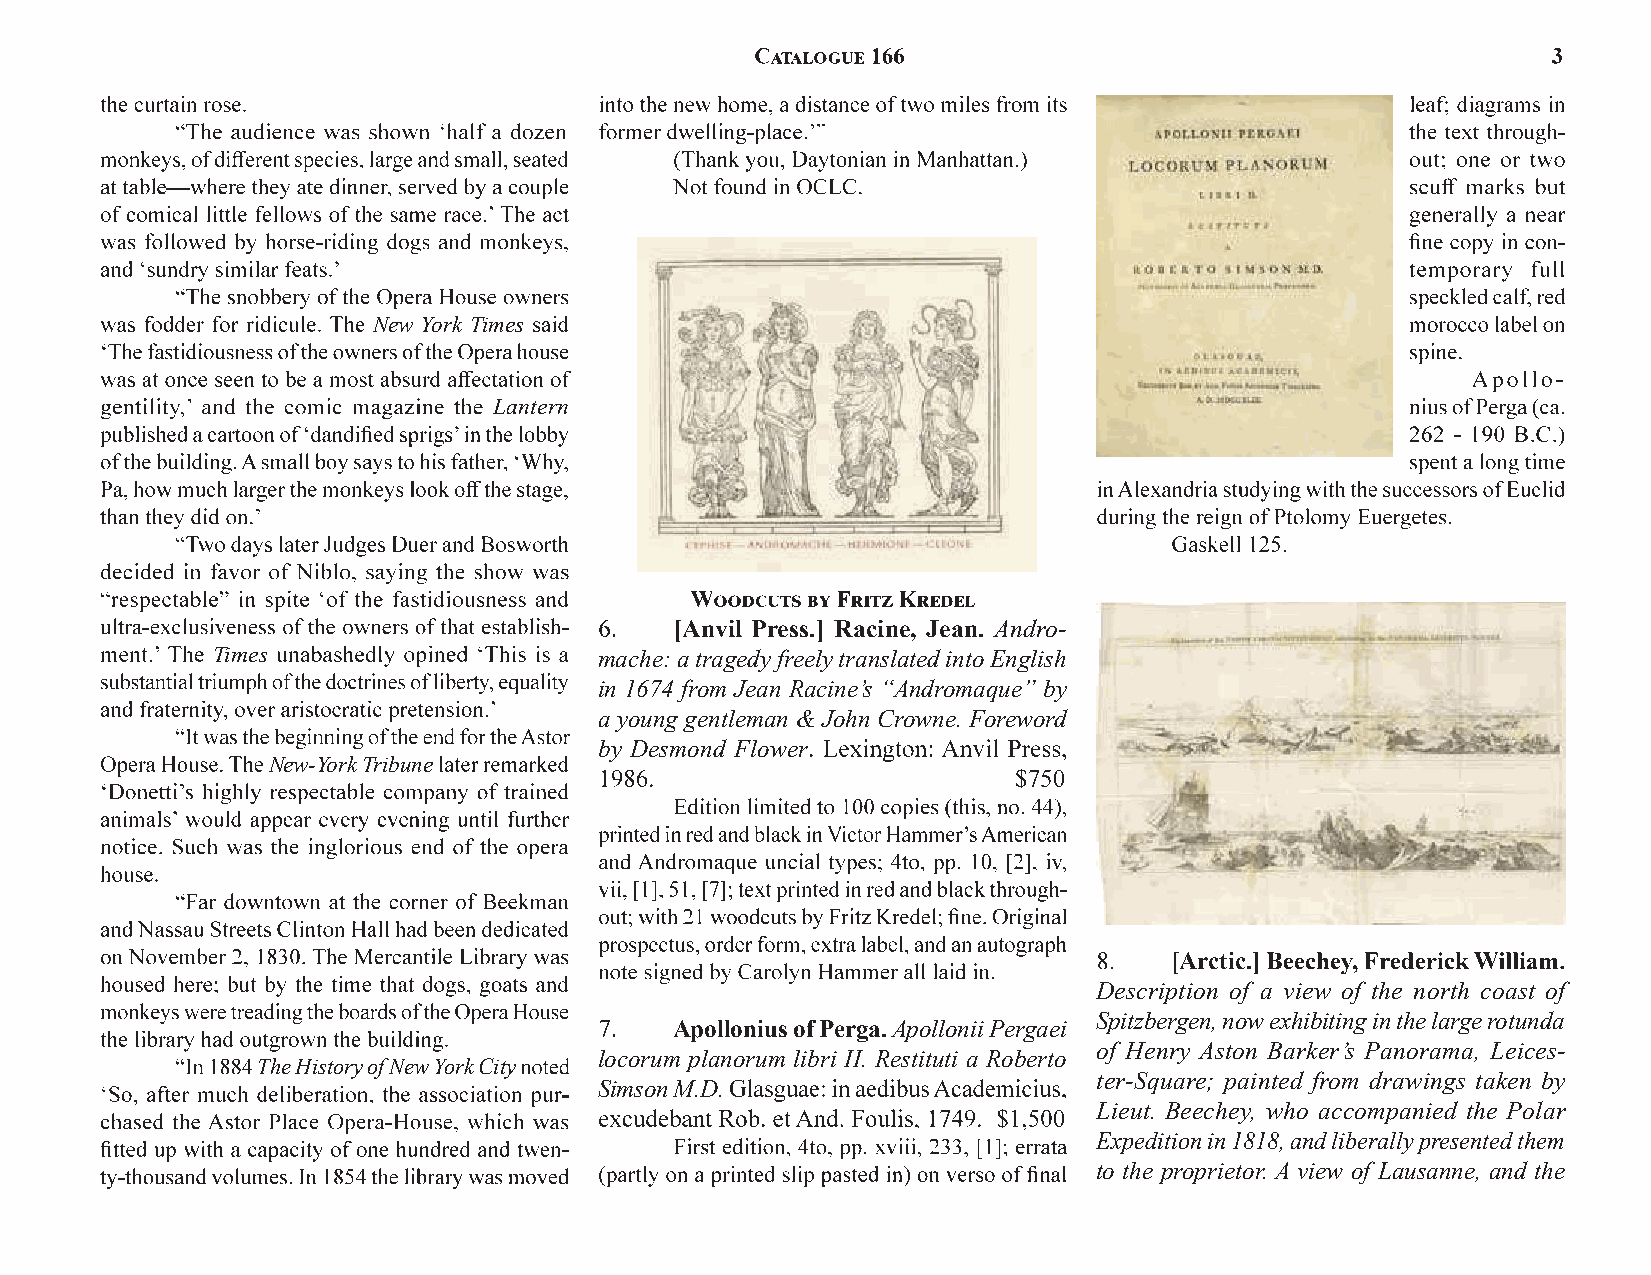
New York Times
 Lantern
 [Anvil Press.] Racine, Jean. Andro-
 Times                     mache: a tragedy freely translated into English
 in 1674 from Jean Racine’s “Andromaque” by
 a young gentleman & John Crowne. Foreword
 by Desmond Flower
 New-York Tribune
 [Arctic.]
 Description of a view of the north coast of
 Spitzbergen, now exhibiting in the large rotunda
 Apollonius of Perga.Apollonii Pergaei
 of Henry Aston Barker’s Panorama, Leices-
 locorum planorum libri II. Restituti a Roberto
 The History of New York City
 ter-Square; painted from drawings taken by
 Simson M.D.
 Lieut. Beechey, who accompanied the Polar
 Expedition in 1818, and liberally presented them
 to the proprietor. A view of Lausanne, and the